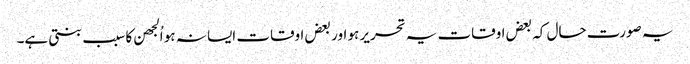
یہ صورت حال کہ بعض اوقات یہ تحریر ہو اور بعض اوقات ایسا نہ ہو اُلجھن کا سبب بنتی ہے۔